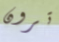
ترون